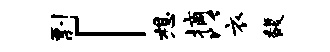
剽「想摘以衣馥